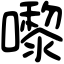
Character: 嚟